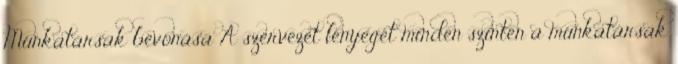
Munkatársak bevonása A szervezet lényegét minden szinten a munkatársak